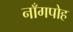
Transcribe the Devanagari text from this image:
नाँगपोह